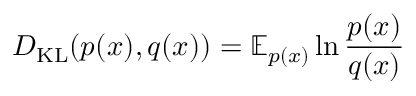
D _ { \mathrm { K L } } ( p ( x ) , q ( x ) ) = \mathbb { E } _ { p ( x ) } \ln \frac { p ( x ) } { q ( x ) }